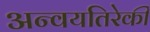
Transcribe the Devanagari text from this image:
अन्वयतिरेकी